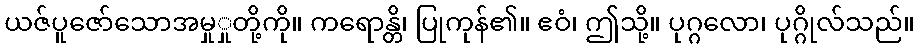
ယဇ်ပူဇော်သောအမှုှုတို့ကို။ ကရောန္တိ၊ ပြုကုန်၏။ ဧဝံ၊ ဤသို့။ ပုဂ္ဂလော၊ ပုဂ္ဂိုလ်သည်။